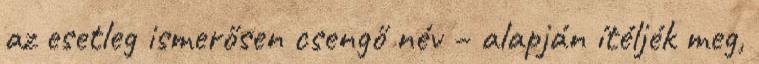
az esetleg ismerősen csengő név – alapján ítéljék meg,